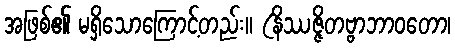
အဖြစ်၏ မရှိသောကြောင့်တည်း။ (နိဿဇ္ဇိတဗ္ဗာဘာဝတော၊